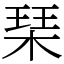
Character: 琹